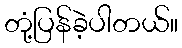
တုံ့ပြန်ခဲ့ပါတယ်။